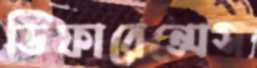
ডিফারেন্সেস